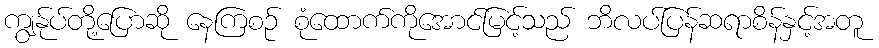
ကျွန်ုပ်တို့ပြောဆို နေကြစဉ် စုံထောက်ကိုအောင်မြင့်သည် ဘိလပ်ပြန်ဆရာစိန်နှင့်အတူ